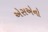
એસએનો